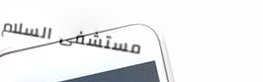
مستشفى السلام